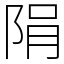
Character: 䧎